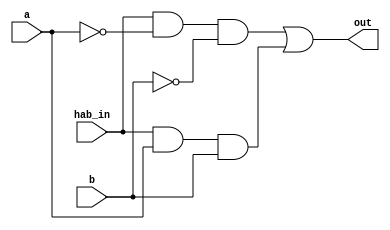
module a_igual_b (hab_in, a, b, out);
	input hab_in, a, b;
	output out;
	assign out = (hab_in & ~a & ~b) | (hab_in & a & b);
endmodule